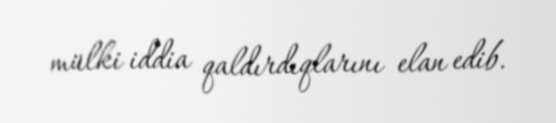
mülki iddia qaldırdıqlarını elan edib.